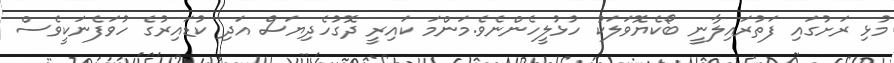
މުޅި ރަށުގައި ފަތުރައިލާނީ ބޯކެޔޮވަލަކު ހުޅުލީހެންނެވެ.މަންމަ ކައިރީ ދޮގުހެދިޔަސް އަދި ކުޑައިރުގެ ހުވަފެނަކީވެސް